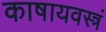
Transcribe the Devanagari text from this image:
काषायवस्त्रं